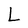
Character: L